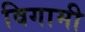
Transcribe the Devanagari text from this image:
विगामी